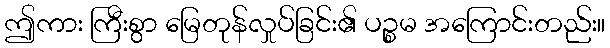
ဤကား ကြီးစွာ မြေတုန်လှုပ်ခြင်း၏ ပဉ္စမ အကြောင်းတည်း။